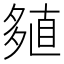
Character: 𡖻